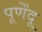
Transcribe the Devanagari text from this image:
पूर्णेंदू